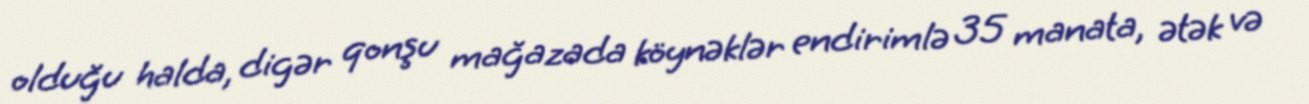
olduğu halda, digər qonşu mağazada köynəklər endirimlə 35 manata, ətək və